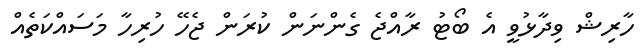
ހާރިޝް ވިދާޅުވީ އެ ބޯޓު ރާއްޖެ ގެންނަން ކުރަން ޖެހޭ ހުރިހާ މަސައްކަތެއް